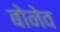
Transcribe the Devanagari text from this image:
बोनेव